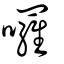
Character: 囉